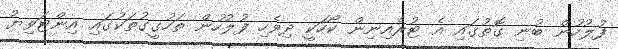
ފުލުހުން ބުނި ގޮތުގައި އެ ޓުރެއިނިން ކޯހަކީ ދިވެހި ފުލުހުން ތަހުގީގުތަކުގައި އިންޓަވިޔު